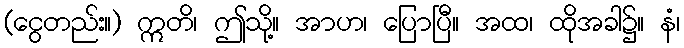
(ငွေတည်း။) ဣတိ၊ ဤသို့။ အာဟ၊ ပြောပြီ။ အထ၊ ထိုအခါ၌။ နံ၊